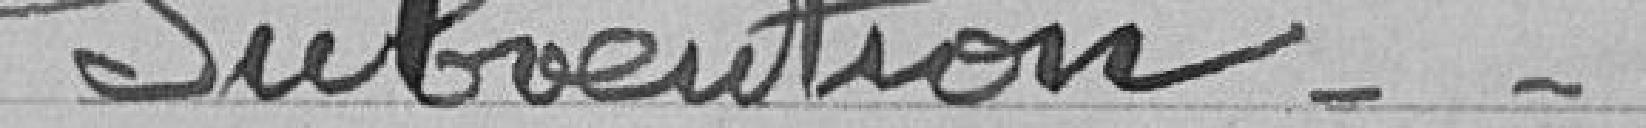
Subvention-